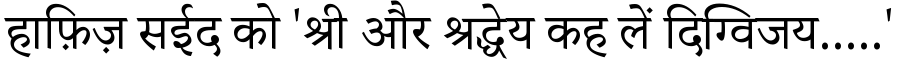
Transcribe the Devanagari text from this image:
हाफ़िज़ सईद को 'श्री और श्रद्धेय कह लें दिग्विजय.....'